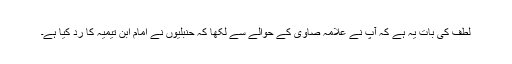
لطف کی بات یہ ہے کہ آپ نے علامہ صاوی کے حوالے سے لکھا کہ حنبلیوں نے امام ابن تیمیہ کا ردّ کیا ہے۔